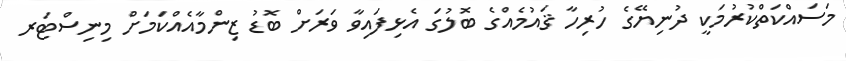
މަސައްކަތްކުރުމަކީ ދުނިޔޭގެ ހުރިހާ ޤައުމެއްގެ ބޮލުގަ އެޅިފައިވާ ވަރަށް ބޮޑު ޒިންމާއެއްކަމަށް މިނިސްޓަރ